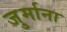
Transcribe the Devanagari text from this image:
जु्र्माना